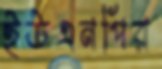
ইউএনপির